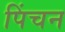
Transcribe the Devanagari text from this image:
पिंचन